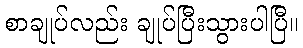
စာချုပ်လည်း ချုပ်ပြီးသွားပါပြီ။